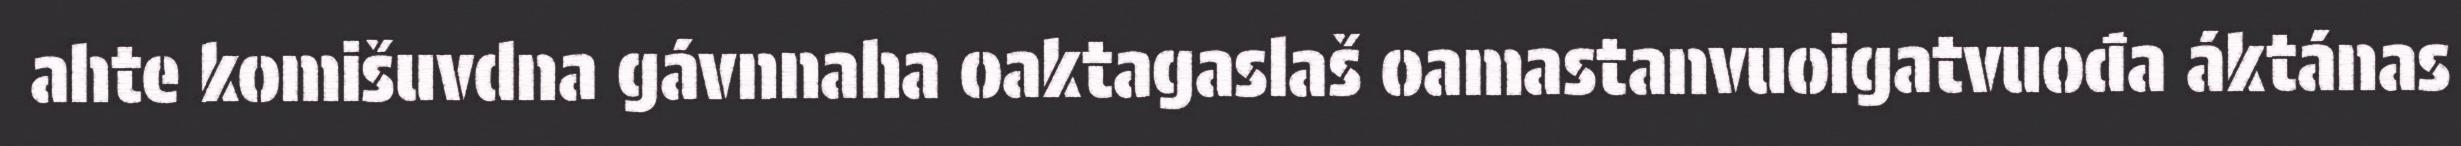
ahte komišuvdna gávnnaha oaktagaslaš oamastanvuoigatvuođa áktánas